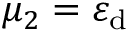
\mu _ { 2 } = \varepsilon _ { \mathrm { d } }